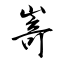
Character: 嵜